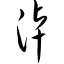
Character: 淖